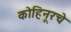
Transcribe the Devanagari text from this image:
कोहिनूरचे